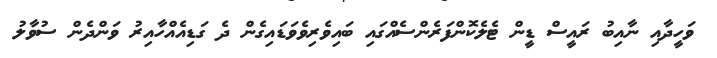
ވަހީދާއި ނާއިބު ރައީސް ޑީން ޓެލެކޮންފަރެންސެއްގައި ބައިވެރިވެވަޑައިގެން ދެ ގަޑިއެއްހާއިރު ވަންދެން ސުވާލު